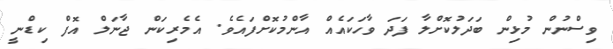
ވިސްނުން މުޅިން ބަދަލުކޮށްލާ ފަދަ ވާހަކައެއް އާންމުކޮށްފައެވެ. އެމެރިކަން ޖާނަލް އޮފް ކިޑްނީ